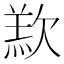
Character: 𣣵